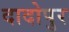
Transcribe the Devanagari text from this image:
दादोपुर